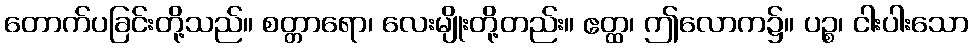
တောက်ပခြင်းတို့သည်။ စတ္တာရော၊ လေးမျိုးတို့တည်း။ ဧတ္ထ၊ ဤလောက၌။ ပဉ္စ၊ ငါးပါးသော